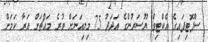
ސްޕޮޓިފައިގެ އެކްޓިވް ޔޫސަރުންގެ އަދަދު 75 މިލިއަނަށް ވުރެ މައްޗަށް އަރާ ކަމަށް